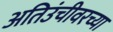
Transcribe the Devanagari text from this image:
अतिउंचीवरच्या